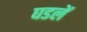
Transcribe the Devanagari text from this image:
घडलें